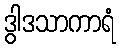
ဒွါဒသာကာရံ